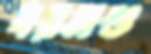
ধরনগু